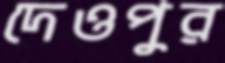
দেওপুর